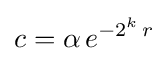
c=\alpha \,e^{-2^{k}\,r}